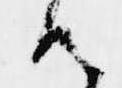
候